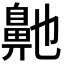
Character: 𮮶